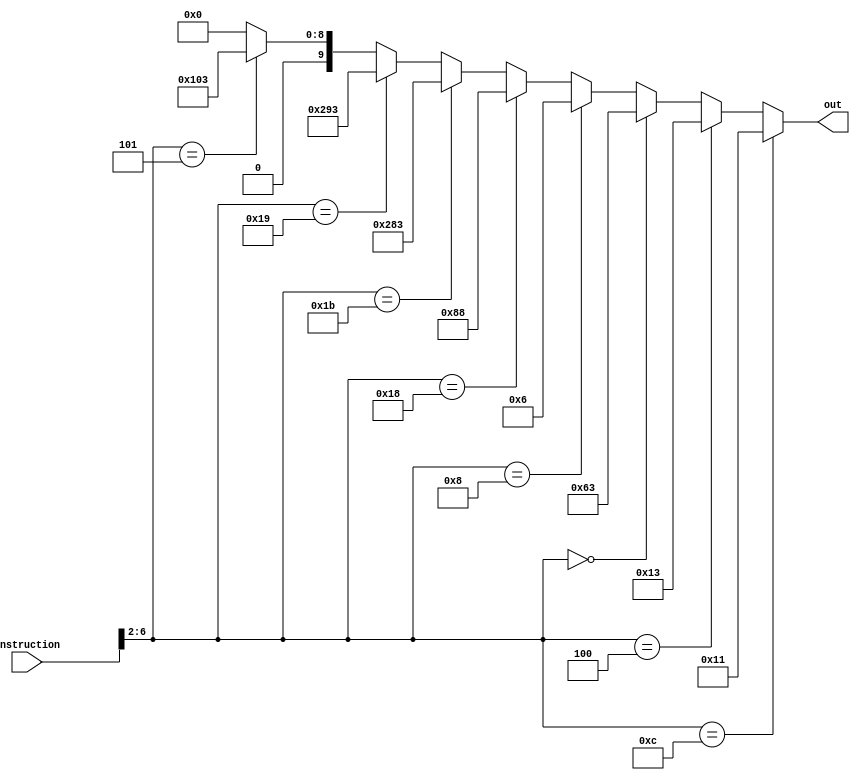
module controlunit(input [31:0] instruction, output reg[9:0] out );

always@(*)
begin
//jal/jalr, auipc}{branch, memRead, memtoReg,  ALUOp,   memWrite, ALUSrc, regWrite, 
if (instruction[6:2] == 5'b01100)//R
begin  out=10'b0000010001;
end
else if (instruction[6:2] == 5'b00100)//Rimmedate
begin  out=10'b0000010011;
end
else if (instruction[6:2]==5'b00000)//Loads
begin  out=10'b0001100011;
end
else if (instruction[6:2]==5'b01000)//Stores
begin  out=10'b0000000110;
end
else if (instruction[6:2]==5'b11000)//Branch
begin  out=10'b0010001000;
end
else if (instruction[6:2]==5'b11011)//Jal
begin  out=10'b1010000011;  //RD register  must be updated with pc+4 so regWrite must be 1
end
else if (instruction[6:2]==5'b11001)//Jalr
begin  out=10'b1010010011;  //RD register  must be updated with pc+4 so regWrite must be 1
end
else if (instruction[6:2]==5'b00101)//AUIPC 
begin  out=10'b0100000011;
end
else out=10'd0;
end

endmodule